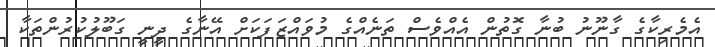
އެމެރިކާގެ ގާނޫނު ބުނާ ގޮތުން އެއްވެސް ތަނެއްގެ މުވައްޒަފަކަށް އޭނާގެ ދީނީ ގަބޫލުކުރުންތަކާ